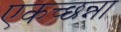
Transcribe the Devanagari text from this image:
एकच्छन्ना